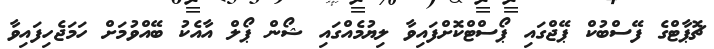
ޗޮޕާޓްގެ ފޭސްބުކް ޕޭޖްގައި ޕޯސްޓްކޮށްފައިވާ ލިޔުމެއްގައި ޝޯން ޕޯލް އާއެކު ބޭއްވުމަށް ހަމަޖެހިފައިވާ